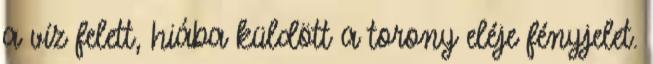
a víz felett, hiába küldött a torony eléje fényjelet.